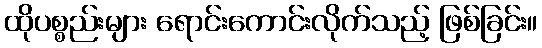
ထိုပစ္စည်းများ ရောင်းကောင်းလိုက်သည့် ဖြစ်ခြင်း။